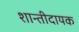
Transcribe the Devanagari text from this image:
शान्तीदायक